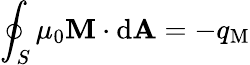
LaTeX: \oint_{S}\mu_{0}\mathbf{M}\cdot\mathrm{d}\mathbf{A}=-q_{\mathrm{M}}